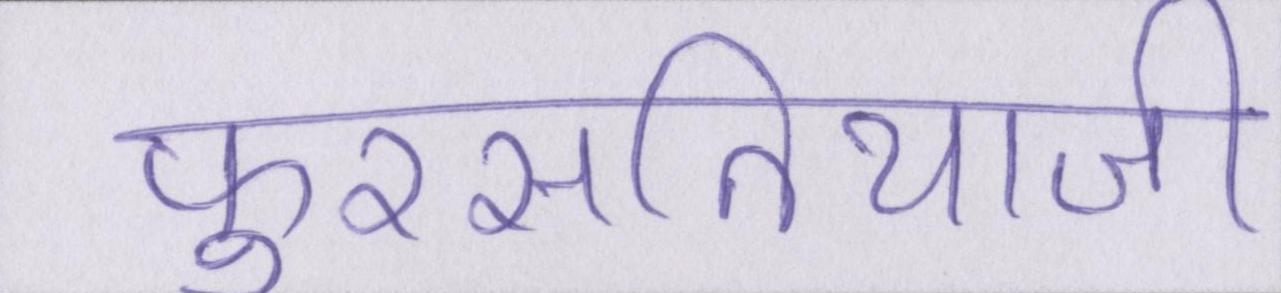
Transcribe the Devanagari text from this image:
फुरसतियाजी